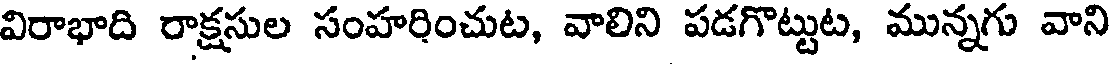
విరాభాది రాక్షసుల సంహరించుట, వాలిని పడగొట్టుట, మున్నగు వాని